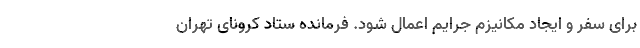
برای سفر و ایجاد مکانیزم جرایم اعمال شود. فرمانده ستاد کرونای تهران